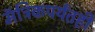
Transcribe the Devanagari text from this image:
मॅट्रिकपर्यंतही